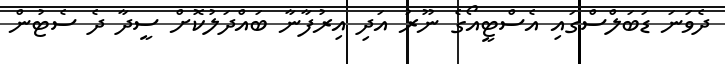
ދެވަނަ ޑަބަލްސްގައި އެސްޓީއޯގެ ނޫރު އަދި އިރުފާނާ ބައްދަލުކޮށް ސީދާ ދެ ސެޓުން